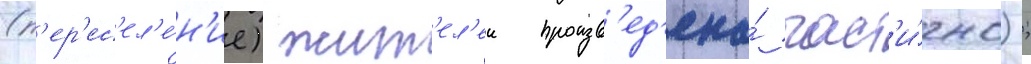
(п'ер'ес'ел'е́н'ие) жит'ел'еи произв'ед'ена́ част'и́чно);